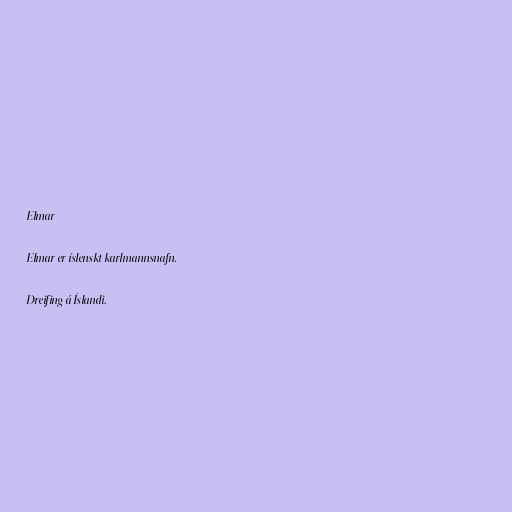
Elmar

Elmar er íslenskt karlmannsnafn.

Dreifing á Íslandi.